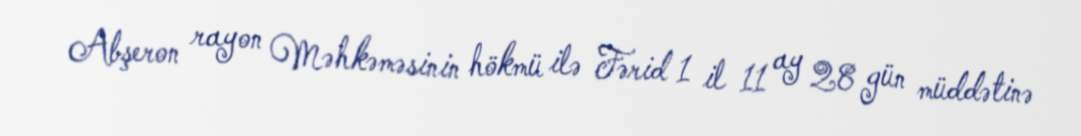
Abşeron rayon Məhkəməsinin hökmü ilə Fərid 1 il 11 ay 28 gün müddətinə